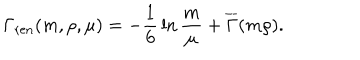
LaTeX: \Gamma _ { \mathrm { r e n } } ( m , \rho , \mu ) = - { \frac { 1 } { 6 } } \ln { \frac { m } { \mu } } + \overline { { { \Gamma } } } ( m \rho ) .